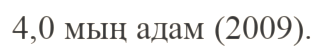
4,0 мың адам (2009).